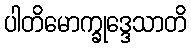
ပါတိမောက္ခုဒ္ဒေသာတိ